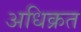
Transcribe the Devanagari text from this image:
अधिक्रत